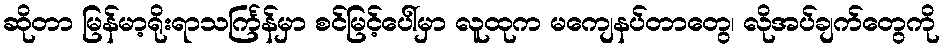
ဆိုတာ မြန်မာ့ရိုးရာသင်္ကြန်မှာ စင်မြင့်ပေါ်မှာ လူထုက မကျေနပ်တာတွေ၊ လိုအပ်ချက်တွေကို